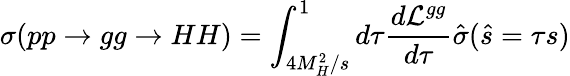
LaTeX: \sigma(pp\to gg\to HH)=\int_{4M_{H}^{2}/s}^{1}d\tau\frac{d{\cal L}^{gg}}{d\tau}\hat{\sigma}(\hat{s}=\tau s)